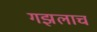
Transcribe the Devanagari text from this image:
गझलाच